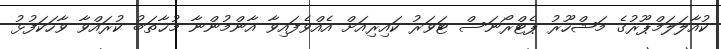
ކުއާލަލަމްޕޫރުގެ މަޝްހޫރު ޕެޓްރޯނަސް ޓަވަރު ކައިރިއަށް އެއްވެފައިވާ އާންމުންނާ މުޚާތަބު ކުރައްވާ ވާހަކަފުޅު